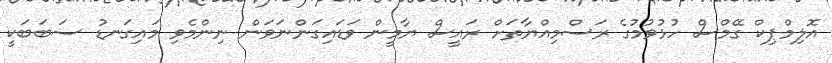
އޮލިމްޕިކް ގޭމްސް ހުޅުވުމުގެ ރަސްމިއްޔާތަށް ރައީސް ޔާމީން ވަޑައިގަންނަވަން ނިންމެވި މައިގަނޑު ސަބަބަކީ